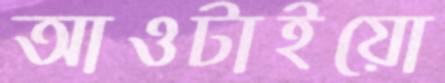
আওটাইয়ো